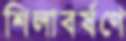
শিলাবর্ষণে